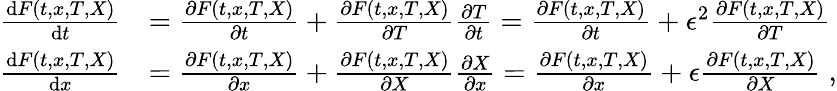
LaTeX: \begin{array}{rl}{\frac{\mathrm{d}F(t,x,T,X)}{\mathrm{d}t}}&{=\frac{\partial F(t,x,T,X)}{\partial t}+\frac{\partial F(t,x,T,X)}{\partial T}\frac{\partial T}{\partial t}=\frac{\partial F(t,x,T,X)}{\partial t}+\epsilon^{2}\frac{\partial F(t,x,T,X)}{\partial T}}\\ {\frac{\mathrm{d}F(t,x,T,X)}{\mathrm{d}x}}&{=\frac{\partial F(t,x,T,X)}{\partial x}+\frac{\partial F(t,x,T,X)}{\partial X}\frac{\partial X}{\partial x}=\frac{\partial F(t,x,T,X)}{\partial x}+\epsilon\frac{\partial F(t,x,T,X)}{\partial X}\; ,}\end{array}